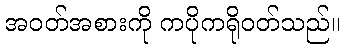
အဝတ်အစားကို ကပိုကရိုဝတ်သည်။